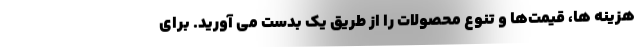
هزینه ها، قیمت‌ها و تنوع محصولات را از طریق یک بدست می آورید. برای